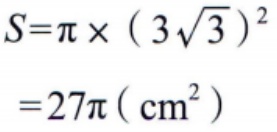
\[
\begin{align*}
S&=\pi\times(3\sqrt{3})^2\\
&= 27\pi(\mathrm{cm}^2)
\end{align*}
\]